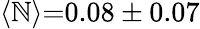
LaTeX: \langle\mathbb{N}\rangle{=}0.08\pm0.07